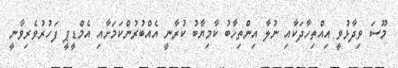
މޫސަ ވިދާޅުވީ އިއްތިހާދަކާއި ނުލާ އިންތިޚާބު ކާމިޔާބު ކުރާނީ އެއްބުރުންކަމަށާއި އެމްޑީޕީ ފަހުރުވެރިވާނީ